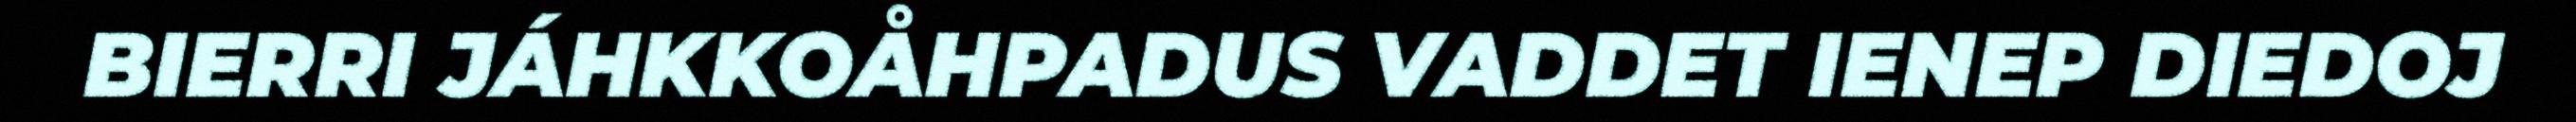
BIERRI JÁHKKOÅHPADUS VADDET IENEP DIEDOJ